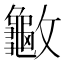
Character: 𰕙